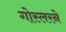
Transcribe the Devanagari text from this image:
गोस्लरने